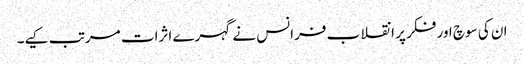
ان کی سوچ اور فکر پر انقلاب فرانس نے گہرے اثرات مرتب کیے۔